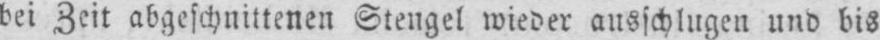
bei Zeit abgeschnittenen Stengel wieder ausschlugen und bis